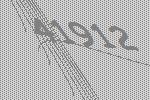
41912